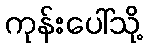
ကုန်းပေါ်သို့